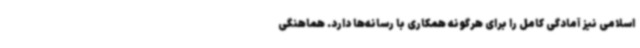
اسلامی نیز آمادگی کامل را برای هرگونه همکاری با رسانه‌ها دارد. هماهنگی